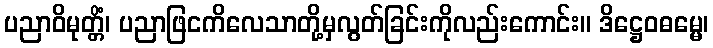
ပညာဝိမုတ္တိံ၊ ပညာဖြငကိလေသာတို့မှလွတ်ခြင်းကိုလည်းကောင်း။ ဒိဋ္ဌေဝဓမ္မေ၊